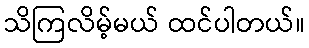
သိကြလိမ့်မယ် ထင်ပါတယ်။